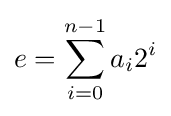
e=\sum _{i=0}^{n-1}a_{i}2^{i}